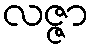
လဇ္ဇာ